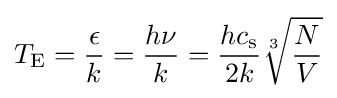
T_{\rm {E}}={\epsilon  \over k}={h\nu  \over k}={hc_{\rm {s}} \over 2k}{\sqrt[{3}]{N \over V}}